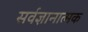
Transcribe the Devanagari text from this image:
सर्वज्ञानात्मक